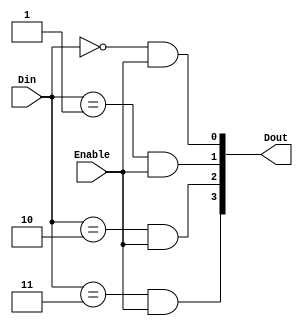
// Dataflow modeling
module decoder(
  input wire [1:0] Din,
  input wire Enable,
  output wire [3:0] Dout
);
  assign Dout[0] = (Din == 2'b00 & Enable);
  assign Dout[1] = (Din == 2'b01 & Enable);
  assign Dout[2] = (Din == 2'b10 & Enable);
  assign Dout[3] = (Din == 2'b11 & Enable);
endmodule
//tb
`timescale 10ns/1ps
module tb;
  reg [1:0] Din;
  reg Enable;
  wire [3:0] Dout;
  
  decoder u_decoder(
    .Din	(Din),
    .Enable	(Enable),
    .Dout	(Dout)
  );
  
  initial begin
    Enable = 0; Din = 2'b00;
    #5;
    Enable = 0; Din = 2'b01;
    #5;
    Enable = 0; Din = 2'b10;
    #5;
    Enable = 0; Din = 2'b11;
    #5;
    Enable = 1; Din = 2'b00;
    #5;
    Enable = 1; Din = 2'b01;
    #5;
    Enable = 1; Din = 2'b10;
    #5;
    Enable = 1; Din = 2'b11;
    #5;
  end
  
  initial begin
    $dumpfile("a.vcd");
    $dumpvars(0, tb);
  end
  
endmodule